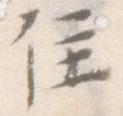
住